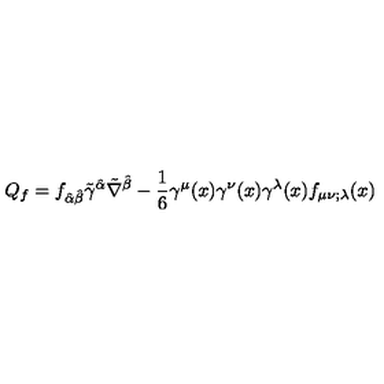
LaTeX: Q _ { f } = f _ { \hat { \alpha } \hat { \beta } } \tilde { \gamma } ^ { \hat { \alpha } } \tilde { \nabla } ^ { \hat { \beta } } - \frac { 1 } { 6 } \gamma ^ { \mu } ( x ) \gamma ^ { \nu } ( x ) \gamma ^ { \lambda } ( x ) f _ { \mu \nu ; \lambda } ( x )